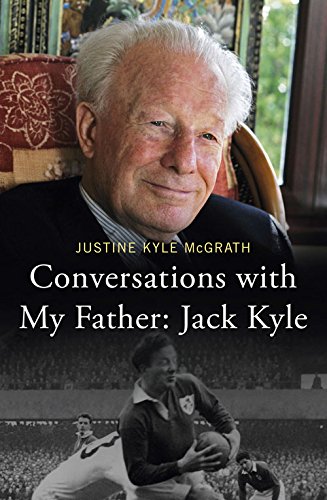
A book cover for Conversations with My Father: Jack Kyle; Justine Kyle McGrath; Sports & Outdoors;